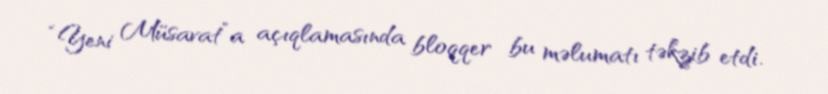
“Yeni Müsavat”a açıqlamasında bloqqer bu məlumatı təkzib etdi.